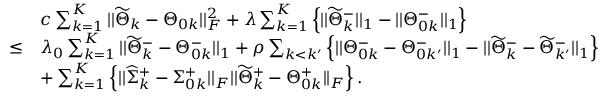
\begin{array} { r l } & { c \sum _ { k = 1 } ^ { K } | | \widetilde { \Theta } _ { k } - \Theta _ { 0 k } | | _ { F } ^ { 2 } + \lambda \sum _ { k = 1 } ^ { K } \left\{ | | \widetilde { \Theta } _ { k } ^ { - } | | _ { 1 } - | | \Theta _ { 0 k } ^ { - } | | _ { 1 } \right\} } \\ { \leq } & { \lambda _ { 0 } \sum _ { k = 1 } ^ { K } | | \widetilde { \Theta } _ { k } ^ { - } - \Theta _ { 0 k } ^ { - } | | _ { 1 } + \rho \sum _ { k < k ^ { \prime } } \Big \{ | | \Theta _ { 0 k } ^ { - } - \Theta _ { 0 k ^ { \prime } } ^ { - } | | _ { 1 } - | | \widetilde { \Theta } _ { k } ^ { - } - \widetilde { \Theta } _ { k ^ { \prime } } ^ { - } | | _ { 1 } \Big \} } \\ & { + \sum _ { k = 1 } ^ { K } \left\{ | | \widehat { \Sigma } _ { k } ^ { + } - \Sigma _ { 0 k } ^ { + } | | _ { F } | | \widetilde { \Theta } _ { k } ^ { + } - \Theta _ { 0 k } ^ { + } | | _ { F } \right\} . } \end{array}